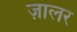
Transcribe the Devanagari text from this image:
ज़ालर